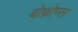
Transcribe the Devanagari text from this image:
बोथ्रोप्स